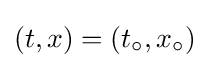
(t,x)=(t_{\circ },x_{\circ })